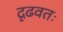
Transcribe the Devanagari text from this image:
दृढवतः